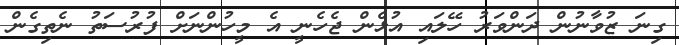
ގިނަ ޒުވާނުން ދަންވަރު ހޭލައި އުޅެން ޖެހެނީ އެ މީހުންނަށް ފުރުސަތު ނެތިގެން